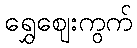
ရွှေဈေးကွက်